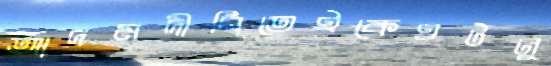
আদমদীঘিতেইকেওটনু